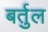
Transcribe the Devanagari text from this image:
बर्तुल